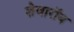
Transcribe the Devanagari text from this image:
शेवारॉय